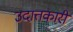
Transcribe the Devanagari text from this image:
उदात्तकारी